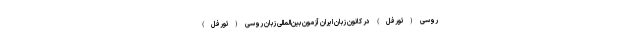
روسی (تورفل) در کانون زبان ایران آزمون بین‌المللی زبان روسی (تورفل)